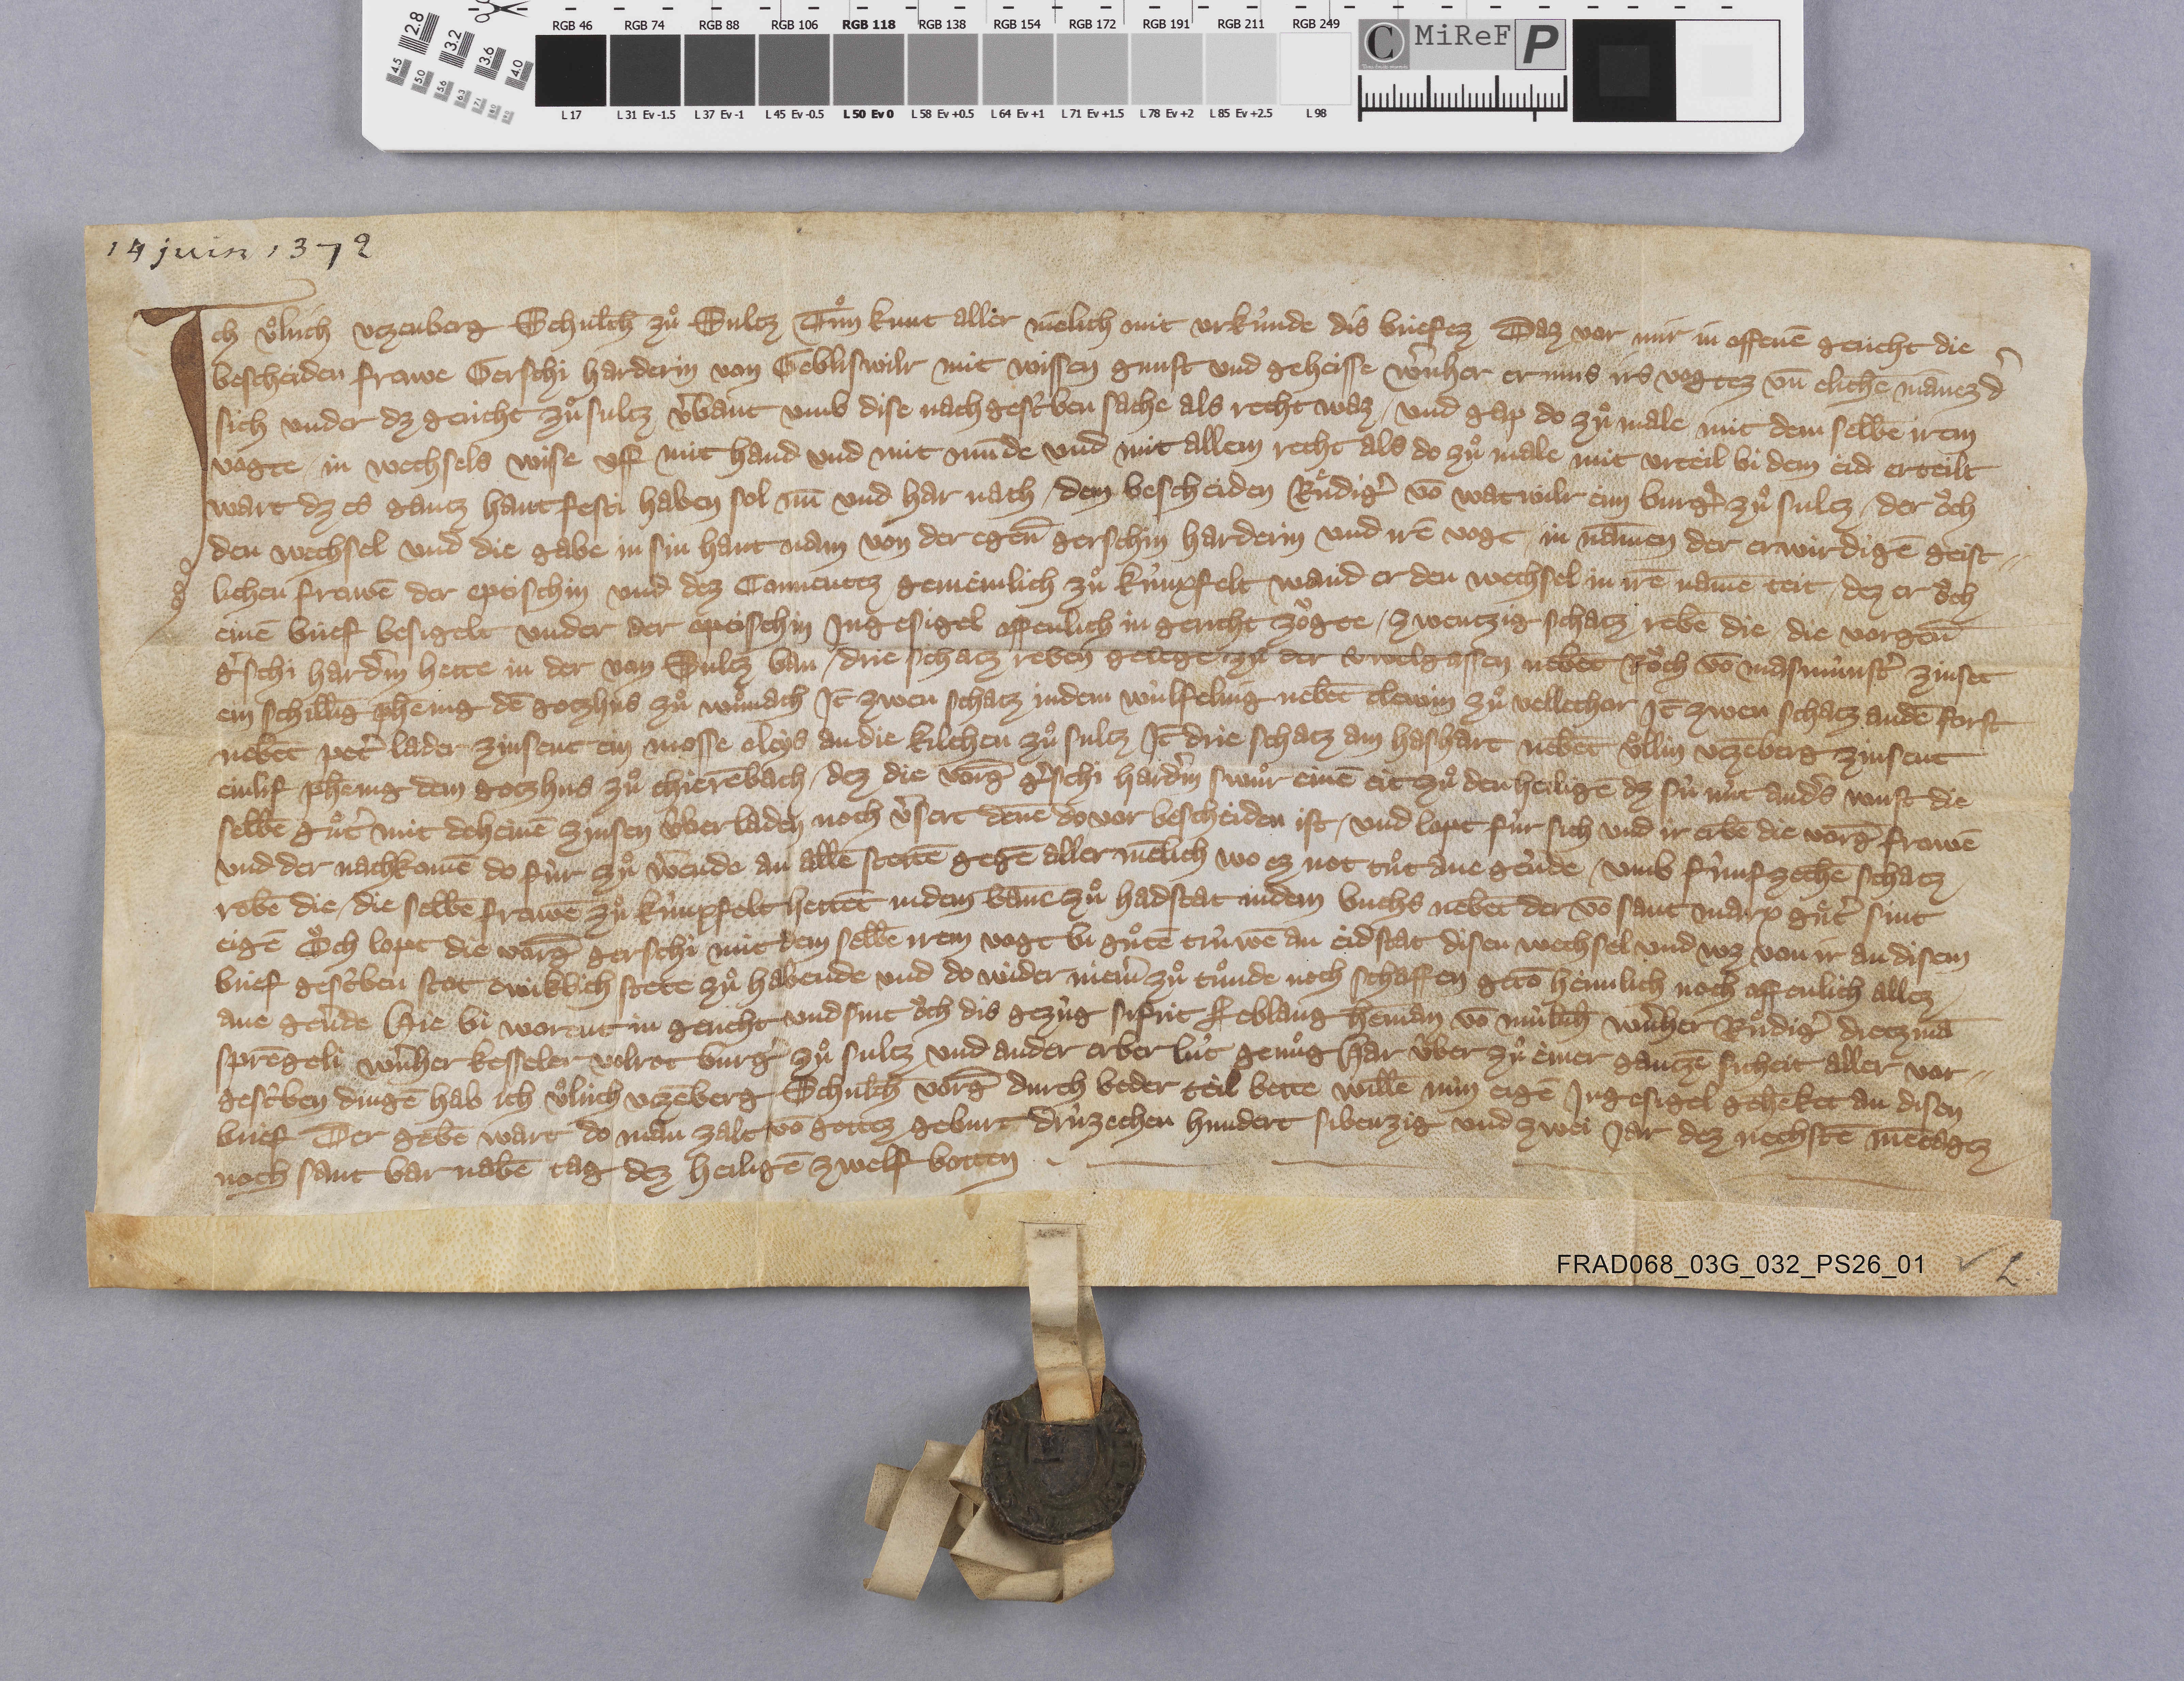
14 juin 1372

Ich Uͦlrich Utzenberg schulth̄ zuͦ Sultz tuͦn kunt aller mēlich mit urkûnde dis briefez daz vor mir in offenē gericht die
bescheiden frowe Gerschi Harderin von Gebliswilr mit wissen gunst und geheisse Wˀnher Ernins irs vogtez un̄ elichē  mānez dˀ
sich under dz gericht zuͦ Sultz vˀbant umb dise nachgescˀben sache als recht waz ✳ und gap do zuͦ male mit dem selbē irem
vogte ✳ in wechsels wise uff mit hand und mit mūde und mit allem recht als do zuͦ male mit urteil bi dem eid erteilt
wart dz es gantz hant festi haben sol nū und har nach ✳ dem bescheiden Ruͤdigˀ vō Watwilr eim burgˀ zuͦ Sultz ✳ der oͧch
den wechsel und die gabe in sin hant nam von der egen̄ Gerschin Harderin und irē vogt ✳ in nāmen der erwirdigē geist¬
lichen frowē der eptischin und dez conventez gemeinlich zuͦ Kûnxfelt wand er den wechsel in irē namē teit ✳ dez er oͧch
einē brief besigelt under der eptischin ingesigel offenlich in gericht zoͧgte ✳ zwentzig schatz rebē die ✳ die vorgen̄
Gˀschi Hardˀin hette in der von Sultz ban ✳ drie schatz reben gelegē zuͦ der  welgassen nebēt Roͧth vō Masmûnstˀ zinset
ein schillīg phēing dē gotzhus zuͦ Wuͦnach it̄ zwen schatz indem Wùlfeling nebēt Clewin zuͦ  Vellethor it̄ zwen schatz andē forst
nebēt Petˀ Lader zinsent ein mosse eleys an die kilchen zuͦ Sultz it̄ drie schatz am Hashart nebēt Uͦllin Utzēberg zinsent
einlif phēnig dem gotzhus zuͦ Thierēbach ✳ dez die vorḡ Gˀschi Hardˀin swuͦr einē eit zuͦ den heiligē dz sû nût andˀs wust die-
selbē guͦtˀ mit deheinē zinsen ûberladen noch vˀsert dēne do vor bescheiden ist ✳ und lopt fûr sich und ir erbē die vorḡ frowē
und der nachkomē do fùr zuͦ wˀende an allē stettē gegē allermēlich wo ez not tuͦt ane gevˀde ✳ umb fûnfzechē schatz
rebē die ✳ die selbē frowē zuͦ Kùnxfelt hettēt indem ban̄e zuͦ Hadstat indem buchs nebēt der vō sant Marx guͤtˀ sint
eigē oͧch lopt die vorḡ Gerschi mit dem selbē irem vogt bi guͦtē trûwē an eidstat disen wechsel und wz von ir an disem
brief gescˀben stot ewiklich stete zuͦ habende und do wider niemˀ zuͦ tuͦnde noch schaffen getō heimlich noch offenlich allez
ane gevˀde. hie bi worent in gericht und sint oͧch dis gezûg Sifrit Leblang Hem̄an vō Mùlūh Wˀnher Ruͦdigˀ Dietzmā
Sprēgeli Wˀnher Kesseler Volrot burgˀ zuͦ Sultz und ander erber lût genuͦg har ûber zuͦ einer gantzē sicheit aller vor¬
gescˀben dingē hab ich Uͦlrich Utzēberg schulth̄ vorḡ durch beder teil bette willē min eigē ingesigel gehēket an disen
brief der gebē wart do man zalt vō gottez geburt drûzechen hundert sibenzig und zwei jar dez nechstē mētagez
nach sant Barnabē tag dez heiligē zwelf botten. ✳